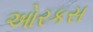
ઓરકસ